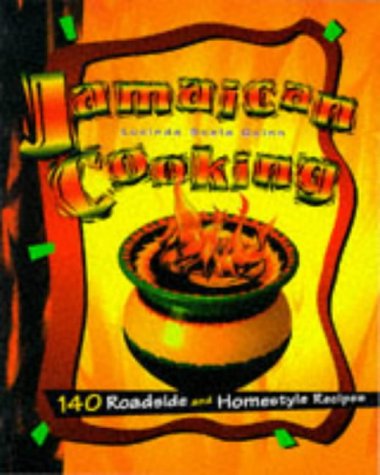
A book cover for Jamaican Cooking: 150 Roadside and Homestyle Recipes; Lucinda Scala Quinn; Cookbooks, Food & Wine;